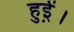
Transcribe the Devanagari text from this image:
हुई़ं।